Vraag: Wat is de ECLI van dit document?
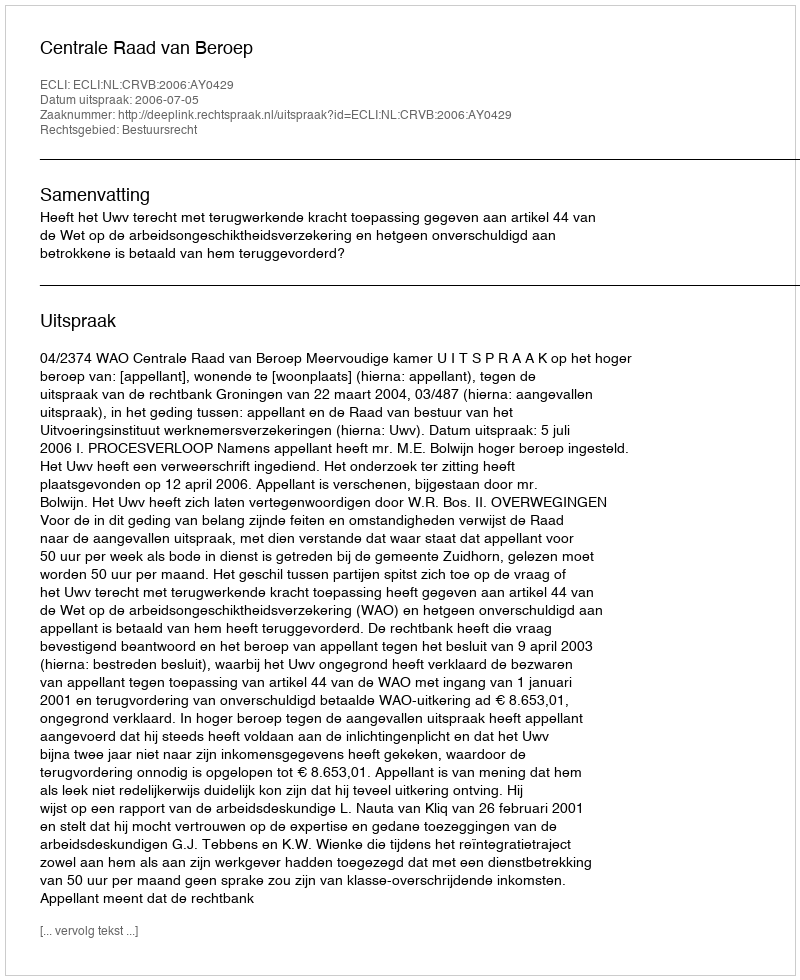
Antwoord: ECLI:NL:CRVB:2006:AY0429